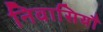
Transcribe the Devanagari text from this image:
निवासियौं